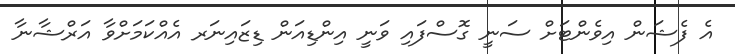
އެ ފެޝަން އިވެންޓަށް ސަނީ ގޮސްފައި ވަނީ އިންޑިއަން ޑިޒައިނަރ އެއްކަމަށްވާ އަރްޝާނާ